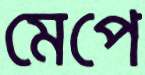
মেপে